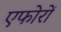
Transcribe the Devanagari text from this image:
एफोरों